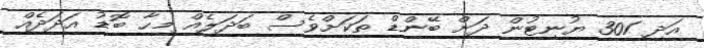
އަދި 301 ޔުނިޓުން ދަށް ބޭންޑް ތަކަށްވެސް ބަދަލެއް މިހާ ބޮޑު އަދަދެއް